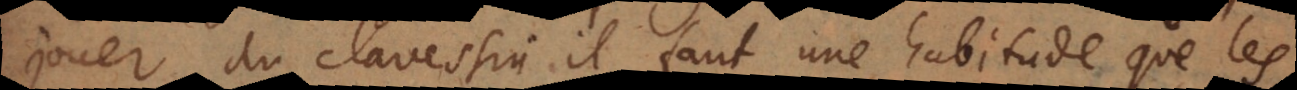
jouer du clavessin, il faut une habitude que les